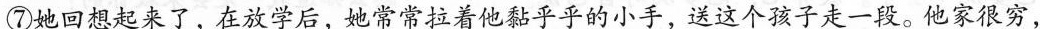
⑦她回想起来了，在放学后，她常常拉着他黏乎乎的小手，送这个孩子走一段。他家很穷，